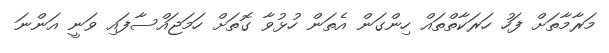
މަރާމާތަށް ފަހު ހަރަކާތްތައް ހިންގަން އެތަން ހުޅުވާ ގޮތަށް ހަމަޖައްސާފައި ވަނީ އަންނަ